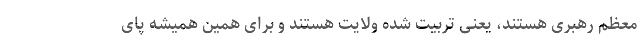
معظم رهبری هستند، یعنی تربیت شده ولایت هستند و برای همین همیشه پای